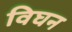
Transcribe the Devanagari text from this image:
विघन